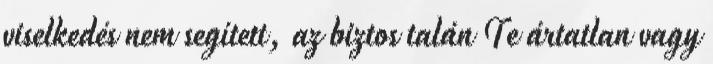
viselkedés nem segített, az biztos talán Te ártatlan vagy